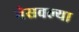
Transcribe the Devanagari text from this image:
नेसवल्या